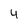
Character: 4